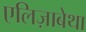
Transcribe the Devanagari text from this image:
एलिज़ाबेथा